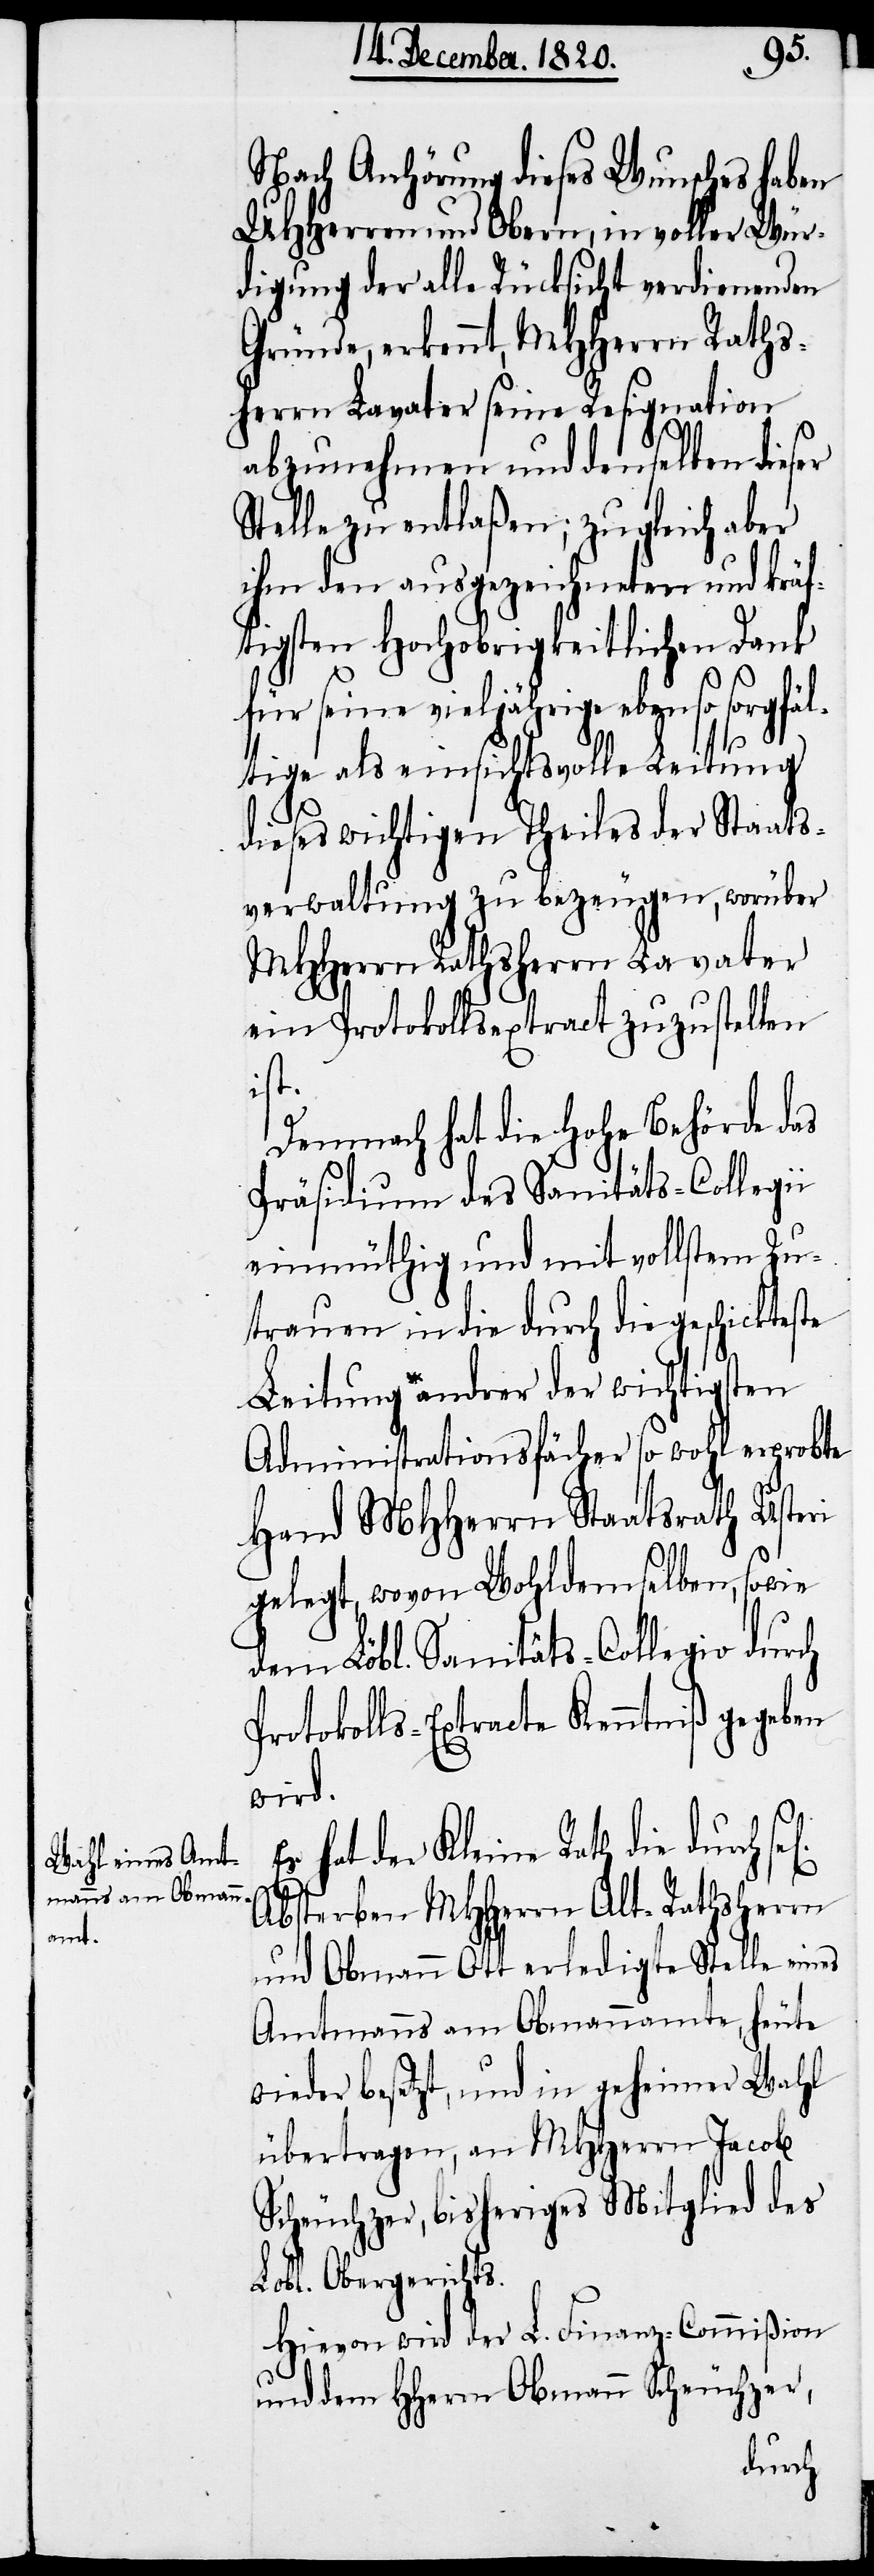
Nach Anhörung dieses Wunsches haben
UHHerren und Obern, in voller Wür¬
digung der alle Rücksicht verdienenden
Gründe, erkennt, MHHerrn Raths¬
herrn Lavater seine Resignation
abzunehmen und denselben dieser
Stelle zu entlaßen; zugleich aber
ihm den ausgezeichneten und kräf¬
tigsten Hochobrigkeitlichen Dank
für seine vieljährige ebenso sorgfäl¬
tige als einsichtsvolle Leitung
dieses wichtigen Theiles der Staats¬
verwaltung zu bezeugen, worüber
MHHerrn Rathsherrn Lavater
ein Protokollsextract zuzustellen
ist.
Demnach hat die hohe Behörde das
Präsidium des Sanitäts-Collegii
einmüthig und mit vollstem Zu¬
trauen in die durch die geschickteste
Leitung andrer der wichtigsten
Administrationsfächer so wohl erprobte
Hand MHHerrn Staatsrath Usteri
gelegt, wovon Wohldemselben, sowie
dem Löbl. Sanitäts-Collegio durch
Protokolls-Extracte Kenntniß gegeben
wird.
hat der Kleine Rath die durch
Absterben MHHerrn Alt-Rathsherrn
und Obmann Ott erledigte Stelle eines
Amtmanns am Obmannamte, heute
wieder besetzt, und in geheimer Wahl
übertragen, an MHHerrn Jacob
Scheuchzer, bisheriges Mitglied des
Lobl. Obergerichts.
Hievon wird der L. Finanz-Commißion
und dem HHerrn Obmann Scheuchzer,